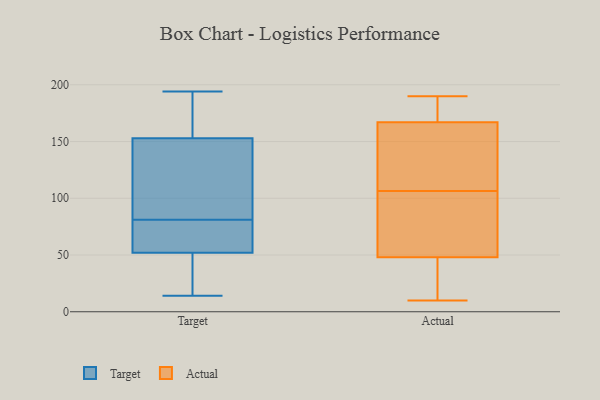
{"axis": {"x": "Bounce Rate (%)", "y": "Value"}, "legend": ["Actual", "Target"], "data": [{"x": "", "y": 135, "type": "Target"}, {"x": "", "y": 122, "type": "Target"}, {"x": "", "y": 37, "type": "Target"}, {"x": "", "y": 78, "type": "Target"}, {"x": "", "y": 59, "type": "Target"}, {"x": "", "y": 151, "type": "Target"}, {"x": "", "y": 81, "type": "Target"}, {"x": "", "y": 37, "type": "Target"}, {"x": "", "y": 187, "type": "Target"}, {"x": "", "y": 14, "type": "Target"}, {"x": "", "y": 57, "type": "Target"}, {"x": "", "y": 159, "type": "Target"}, {"x": "", "y": 194, "type": "Target"}, {"x": "", "y": 167, "type": "Actual"}, {"x": "", "y": 170, "type": "Actual"}, {"x": "", "y": 31, "type": "Actual"}, {"x": "", "y": 54, "type": "Actual"}, {"x": "", "y": 123, "type": "Actual"}, {"x": "", "y": 54, "type": "Actual"}, {"x": "", "y": 33, "type": "Actual"}, {"x": "", "y": 111, "type": "Actual"}, {"x": "", "y": 10, "type": "Actual"}, {"x": "", "y": 102, "type": "Actual"}, {"x": "", "y": 187, "type": "Actual"}, {"x": "", "y": 190, "type": "Actual"}, {"x": "", "y": 48, "type": "Actual"}, {"x": "", "y": 144, "type": "Actual"}]}